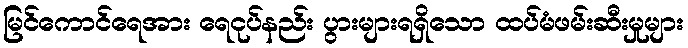
မြင်ကောင်ရေအား ရေငုပ်နည်း ပွားများရရှိသော ထပ်မံဖမ်းဆီးမှုများ